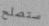
ستصلح